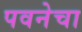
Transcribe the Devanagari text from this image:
पवनेचा